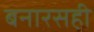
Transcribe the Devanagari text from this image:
बनारसही